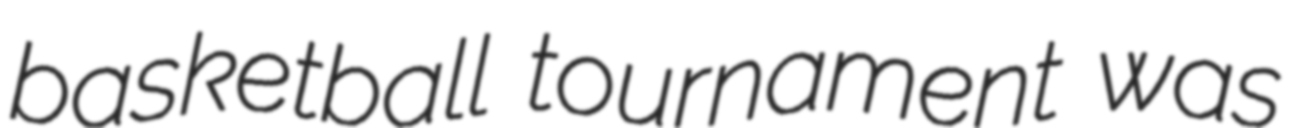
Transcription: basketball tournament was